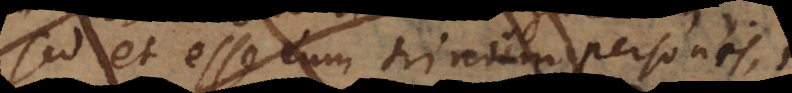
sed et esse eum trinum personis,